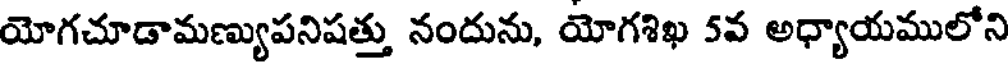
యోగచూడామణ్యుపనిషత్తు నందును, యోగశిఖ 5వ అధ్యాయములోని